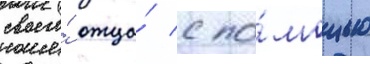
своего́ отца́ с по́мощью